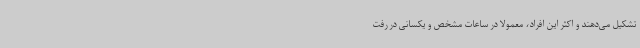
تشکیل می‌دهند و اکثر این افراد، معمولا در ساعات مشخص و یکسانی در رفت